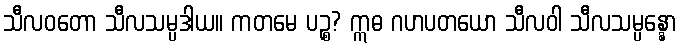
သီလဝတော သီလသမ္ပဒါယ။ ကတမေ ပဉ္စ? ဣဓ ဂဟပတယော သီလဝါ သီလသမ္ပန္နော